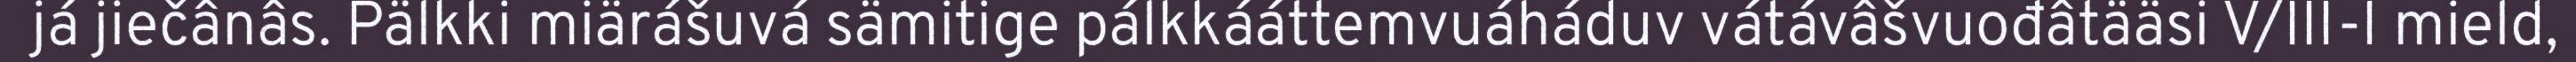
já jiečânâs. Pälkki miärášuvá sämitige pálkkááttemvuáháduv vátávâšvuođâtääsi V/III-I mield,